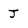
Character: j